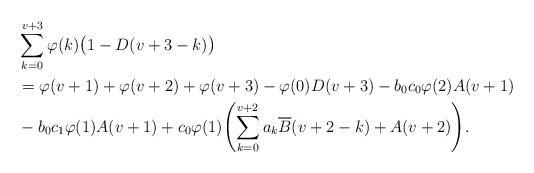
LaTeX: \begin{align*}&\sum_{k=0}^{v+3}\varphi(k)\bigl(1-D(v+3-k)\bigr)\\&=\varphi(v+1)+\varphi (v+2)+\varphi(v+3)-\varphi(0)D(v+3)-b_0c_0\varphi(2)A(v+1)\\&-b_0c_1\varphi (1)A(v+1) +c_0\varphi(1) \Biggl( \sum_{k=0}^{v+2}a_k \overline {B}(v+2-k)+A(v+2)\Biggr).\end{align*}